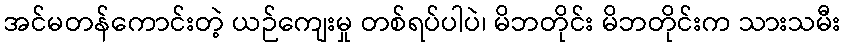
အင်မတန်ကောင်းတဲ့ ယဉ်ကျေးမှု တစ်ရပ်ပါပဲ၊ မိဘတိုင်း မိဘတိုင်းက သားသမီး